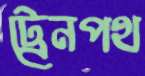
ট্রেনপথ